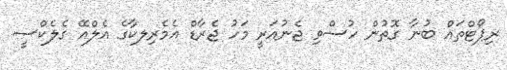
ރިޕޯޓްތައް ބުނާ ގޮތުން ހުސްވި ޖެނުއަރީ މަހު ޖެރާޑް އެމެރިލކާގެ އެލްއޭ ގެލެކްސީ